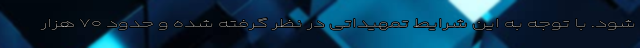
شود. با توجه به این شرایط تمهیداتی در نظر گرفته شده و حدود ۷۰ هزار